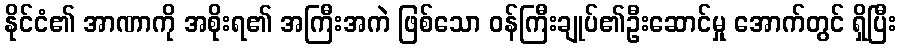
နိုင်ငံ၏ အာဏာကို အစိုးရ၏ အကြီးအကဲ ဖြစ်သော ဝန်ကြီးချုပ်၏ဦးဆောင်မှု အောက်တွင် ရှိပြီး